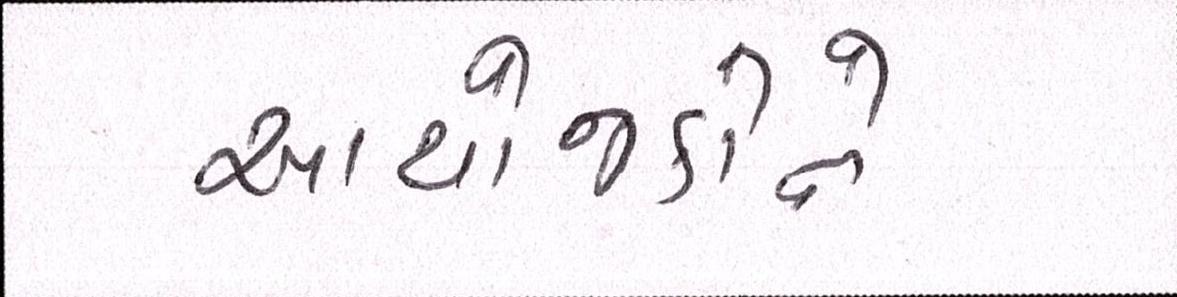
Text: આયોજકોને